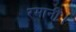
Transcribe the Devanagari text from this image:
रमानी।